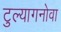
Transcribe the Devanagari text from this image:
टुल्यागनोवा